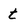
Character: t